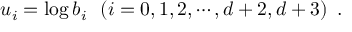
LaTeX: u _ { i } = \log b _ { i } \, \, \, \, ( i = 0 , 1 , 2 , \cdots , { d + 2 } , { d + 3 } ) \, \, \, .